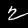
Digit: 2